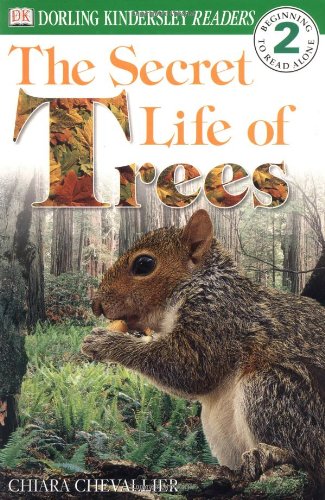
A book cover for The Secret Life of Trees, Level 2: Beginning to Read Alone (DK Readers); Chiara Chevallier; Children's Books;